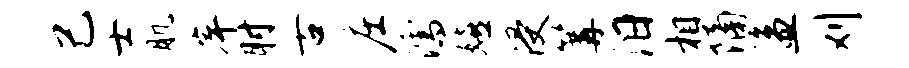
己士肌岸肘古庄濡嬉浸篝汨相隔盗刈